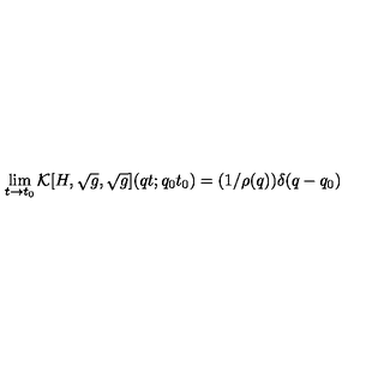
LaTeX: \lim _ { t \rightarrow t _ { 0 } } { \cal K } [ H , \sqrt { g } , \sqrt { g } ] ( q t ; q _ { 0 } t _ { 0 } ) = ( 1 / \rho ( q ) ) \delta ( q - q _ { 0 } )